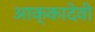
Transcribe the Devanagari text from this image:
आक्कादेवी